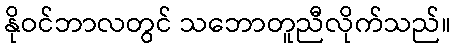
နိုဝင်ဘာလတွင် သဘောတူညီလိုက်သည်။